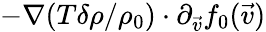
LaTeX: -\nabla(T\delta\rho/\rho_{0})\cdot\partial_{\vec{v}}f_{0}(\vec{v})